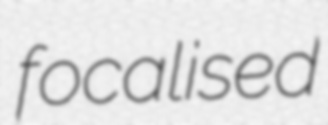
focalised